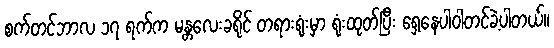
စက်တင်ဘာလ ၁၇ ရက်က မန္တလေးခရိုင် တရားရုံးမှာ ရုံးထုတ်ပြီး ရှေ့နေပါဝါတင်ခဲ့ပါတယ်။